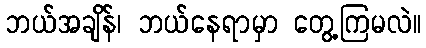
ဘယ်အချိန်၊ ဘယ်နေရာမှာ တွေ့ကြမလဲ။